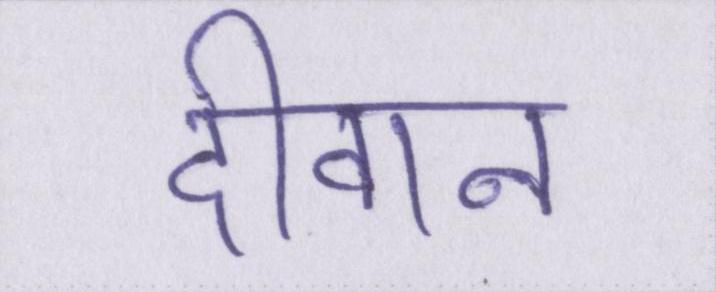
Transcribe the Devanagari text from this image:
दीवान